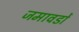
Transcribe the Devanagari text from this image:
जमावडों